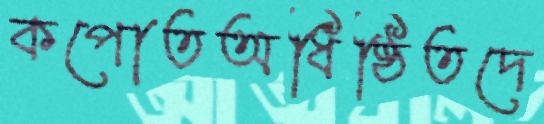
কপোতঅধিষ্ঠিতদে